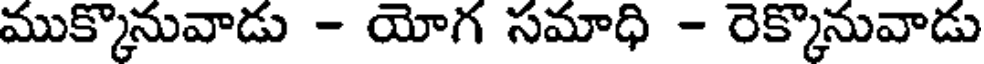
ముక్కొనువాడు - యోగ సమాధి - రెక్కొనువాడు